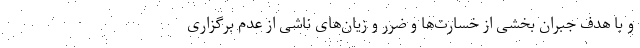
و با هدف جبران بخشی از خسارت‌ها و ضرر و زیان‌های ناشی از عدم برگزاری